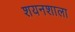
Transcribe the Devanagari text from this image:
शयनशाला